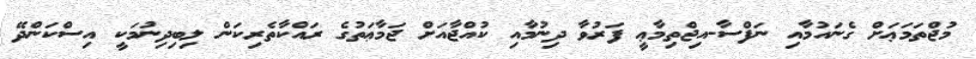
މުޖްތަމަޢަށް ގެނައުމާއި ނަފްސާ-އިޖްތިމާޢީ ފަރުވާ ދިނުމާއި ކުއްޖާއަށް ޖަމާޢަތުގެ ރައްކާތެރިކަން ލިބިދިނުމަކީ އިސްކަންދޭ